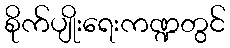
စိုက်ပျိုးရေးကဏ္ဍတွင်